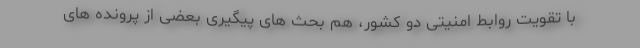
با تقویت روابط امنیتی دو کشور، هم بحث های پیگیری بعضی از پرونده های